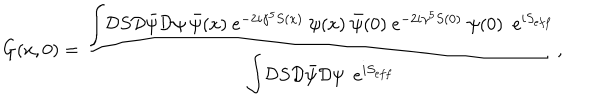
G ( x , 0 ) = \frac { { \displaystyle \int } { \cal D } S { \cal D } { \bar { \psi } } { \cal D } \psi ~ { \bar { \psi } } ( x ) ~ e ^ { - 2 i \gamma ^ { 5 } S ( x ) } ~ \psi ( x ) ~ { \bar { \psi } } ( 0 ) ~ { \displaystyle e } ^ { - 2 i \gamma ^ { 5 } S ( 0 ) } ~ \psi ( 0 ) \, \, \, e ^ { i S _ { e f f } } } { { \displaystyle \int } { \cal D } S { \cal D } { \bar { \psi } } { \cal D } \psi \, \, \, { \displaystyle e } ^ { i S _ { e f f } } } ,